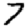
Digit: 7